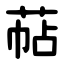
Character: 萜